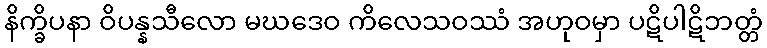
နိက္ခိပနာ ဝိပန္နသီလော မဃဒေဝ ကိလေသဝဿံ အဟုဝမှာ ပဋိပါဋိဘတ္တံ